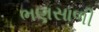
ભણસાળી